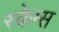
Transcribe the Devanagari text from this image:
स्केग्स